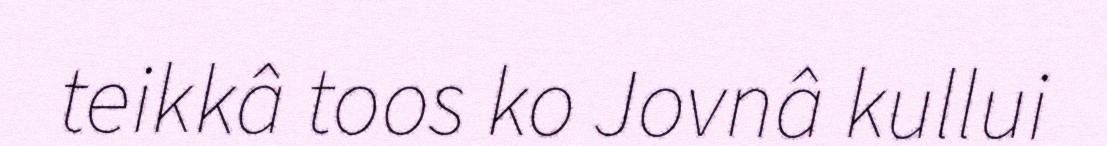
teikkâ toos ko Jovnâ kullui